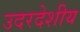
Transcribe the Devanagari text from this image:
उदरदेशीय